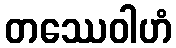
တဿေဝါဟံ